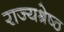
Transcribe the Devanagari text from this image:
राज्यश्रेष्ठ